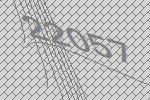
22057